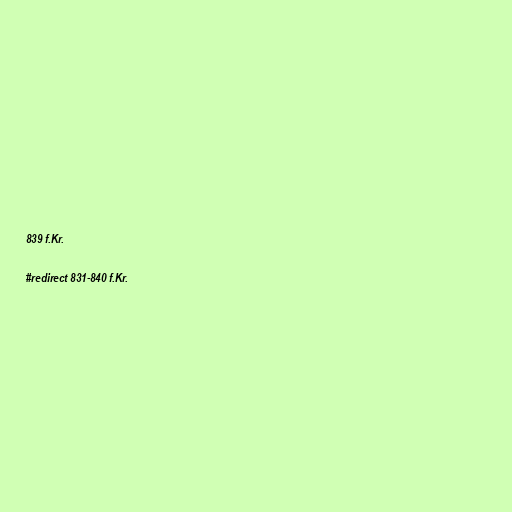
839 f.Kr.

#redirect 831-840 f.Kr.